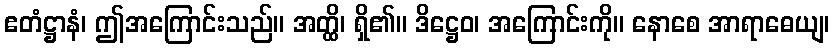
ဧတံဋ္ဌာနံ၊ ဤအကြောင်းသည်။ အတ္ထိ၊ ရှိ၏။ ဒိဋ္ဌေဝ၊ အကြောင်းကို။ နောစေ အာရာဓေယျ၊